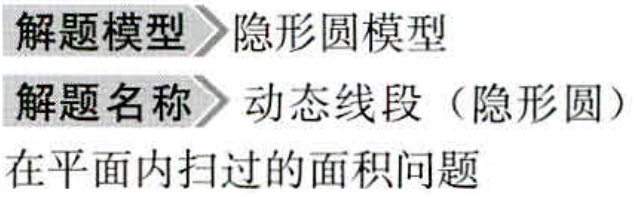
解题模型 隐形圆模型

解题名称 动态线段（隐形圆）

在平面内扫过的面积问题